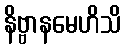
နိဗ္ဗာနမေဟိသိ